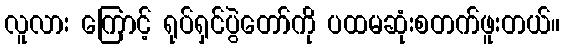
လူလား ကြောင့် ရုပ်ရှင်ပွဲတော်ကို ပထမဆုံးစတက်ဖူးတယ်။